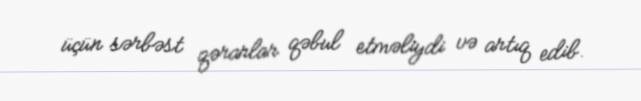
üçün sərbəst qərarlar qəbul etməliydi və artıq edib.